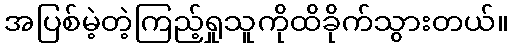
အပြစ်မဲ့တဲ့ကြည့်ရှုသူကိုထိခိုက်သွားတယ်။